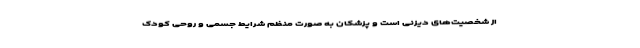
از شخصیت‌های دیزنی است و پزشکان به صورت منظم شرایط جسمی و روحی کودک